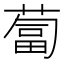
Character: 蔔